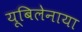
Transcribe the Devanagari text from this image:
यूबिलेनाया